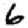
Digit: 6